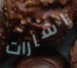
اشارات